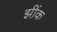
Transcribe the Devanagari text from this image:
झींक